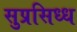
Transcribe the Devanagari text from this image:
सुप्रसिध्ध